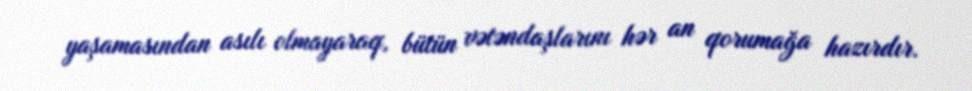
yaşamasından asılı olmayaraq, bütün vətəndaşlarını hər an qorumağa hazırdır.